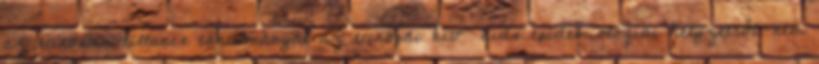
az eurosurveillance tanulmányát az európai hiv aids epidemiológiai helyzetről. nem